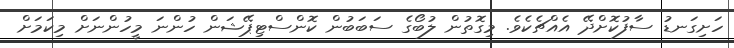
ހަށިގަނޑު ސާފުކޮށްދޭ އެއްޗެކެވެ. މިގޮތުން ލުބޯގެ ސަބަބުން ކޮންސްޓިޕޭޝަން ހުންނަ މީހުންނަށް މިކަމަށް